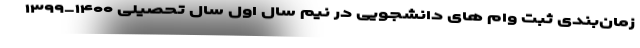
زمان‌بندی ثبت وام های دانشجویی در نیم سال اول سال تحصیلی ۱۴۰۰-۱۳۹۹